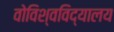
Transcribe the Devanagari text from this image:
वोविश्वविद्यालय